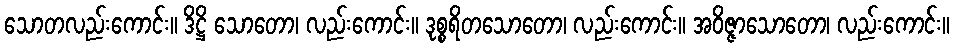
သောတလည်းကောင်း။ ဒိဋ္ဌိ သောတော၊ လည်းကောင်း။ ဒုစ္စရိတသောတော၊ လည်းကောင်း။ အဝိဇ္ဇာသောတော၊ လည်းကောင်း။